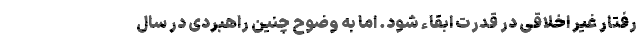
رفتار غیر اخلاقی در قدرت ابقاء شود. اما به وضوح چنین راهبردی در سال